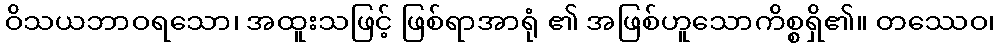
ဝိသယဘာဝရသော၊ အထူးသဖြင့် ဖြစ်ရာအာရုံ ၏ အဖြစ်ဟူသောကိစ္စရှိ၏။ တဿေဝ၊